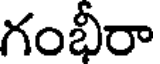
గంభీరా